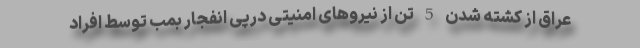
عراق از کشته شدن 5 تن از نیروهای امنیتی درپی انفجار بمب توسط افراد